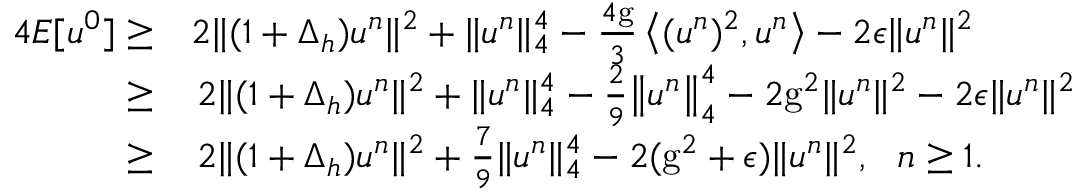
\begin{array} { r l } { 4 { E [ u ^ { 0 } ] } \geq } & { 2 \| ( 1 + \Delta _ { h } ) u ^ { n } \| ^ { 2 } + \| u ^ { n } \| _ { 4 } ^ { 4 } - \frac { 4 \mathrm { g } } { 3 } \left\langle ( u ^ { n } ) ^ { 2 } , u ^ { n } \right\rangle - 2 \epsilon \| u ^ { n } \| ^ { 2 } } \\ { \ge } & { \, 2 \| ( 1 + \Delta _ { h } ) u ^ { n } \| ^ { 2 } + \| u ^ { n } \| _ { 4 } ^ { 4 } - \frac { 2 } { 9 } \big \| u ^ { n } \big \| _ { 4 } ^ { 4 } - 2 \mathrm { g } ^ { 2 } \| u ^ { n } \| ^ { 2 } - 2 \epsilon \| u ^ { n } \| ^ { 2 } } \\ { \ge } & { \, 2 \| ( 1 + \Delta _ { h } ) u ^ { n } \| ^ { 2 } + \frac { 7 } { 9 } \| u ^ { n } \| _ { 4 } ^ { 4 } - 2 ( \mathrm { g } ^ { 2 } + \epsilon ) \| u ^ { n } \| ^ { 2 } , ~ ~ n \ge 1 . } \end{array}